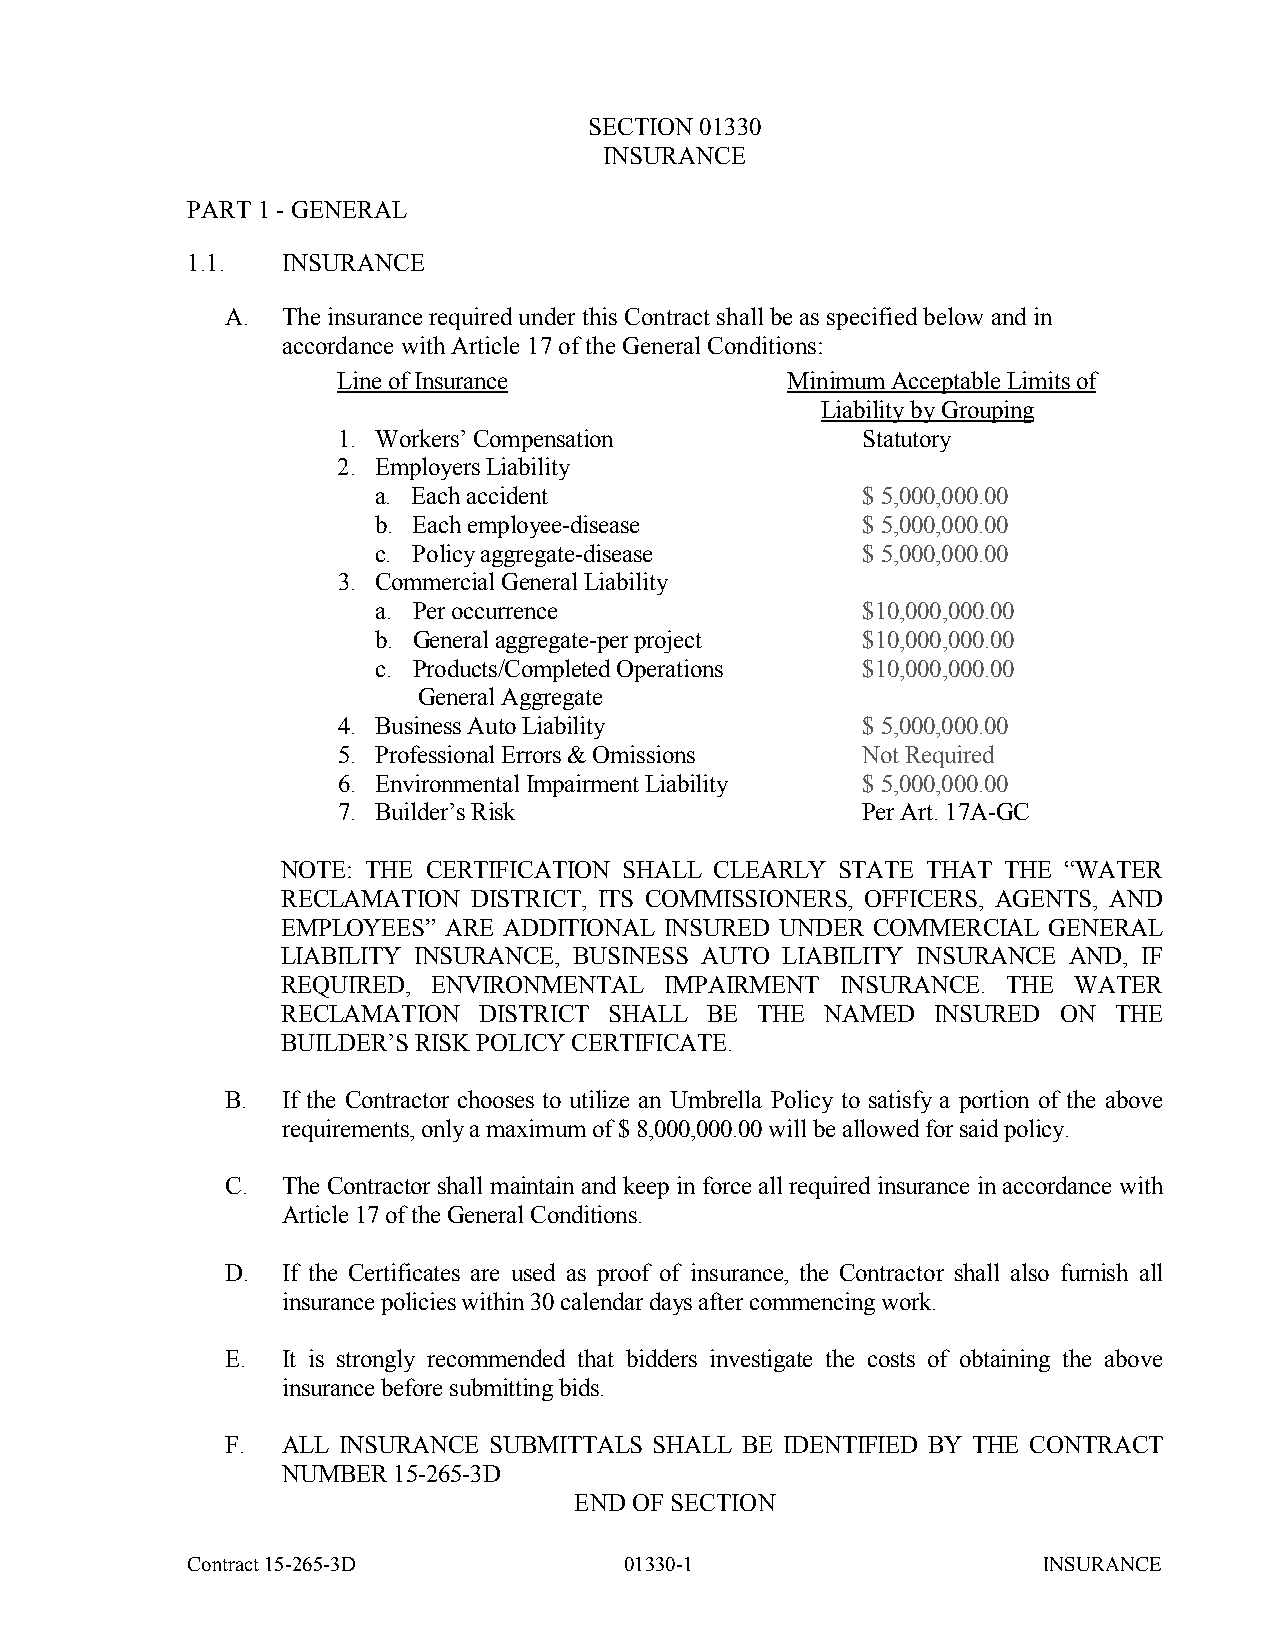
SECTION 01330
 INSURANCE
 PART 1 - GENERAL
 1.1.   INSURANCE
 A.  The insurance required under this Contract shall be as specified below and in
 accordance with Article 17 of the General Conditions:
 Line of Insurance             Minimum Acceptable Limits of
 Liability by Grouping
 1. Workers’ Compensation           Statutory
 2. Employers Liability
 a. Each accident                $ 5,000,000.00
 b. Each employee-disease        $ 5,000,000.00
 c. Policy aggregate-disease     $ 5,000,000.00
 3. Commercial General Liability
 a. Per occurrence               $10,000,000.00
 b. General aggregate-per project $10,000,000.00
 c. Products/Completed Operations $10,000,000.00
 General Aggregate
 4. Business Auto Liability         $ 5,000,000.00
 5. Professional Errors & Omissions Not Required
 6. Environmental Impairment Liability $ 5,000,000.00
 7. Builder’s Risk                  Per Art. 17A-GC
 NOTE: THE CERTIFICATION SHALL CLEARLY STATE THAT THE “WATER
 RECLAMATION DISTRICT, ITS COMMISSIONERS, OFFICERS, AGENTS, AND
 EMPLOYEES” ARE ADDITIONAL INSURED UNDER COMMERCIAL GENERAL
 LIABILITY INSURANCE, BUSINESS AUTO LIABILITY INSURANCE AND, IF
 REQUIRED, ENVIRONMENTAL  IMPAIRMENT  INSURANCE. THE WATER
 RECLAMATION  DISTRICT SHALL BE THE  NAMED  INSURED ON  THE
 BUILDER’S RISK POLICY CERTIFICATE.
 B.  If the Contractor chooses to utilize an Umbrella Policy to satisfy a portion of the above
 requirements, only a maximum of $ 8,000,000.00 will be allowed for said policy.
 C.  The Contractor shall maintain and keep in force all required insurance in accordance with
 Article 17 of the General Conditions.
 D.  If the Certificates are used as proof of insurance, the Contractor shall also furnish all
 insurance policies within 30 calendar days after commencing work.
 E.  It is strongly recommended that bidders investigate the costs of obtaining the above
 insurance before submitting bids.
 F.  ALL INSURANCE SUBMITTALS SHALL BE IDENTIFIED BY THE CONTRACT
 NUMBER 15-265-3D
 END OF SECTION
 Contract 15-265-3D           01330-1                     INSURANCE